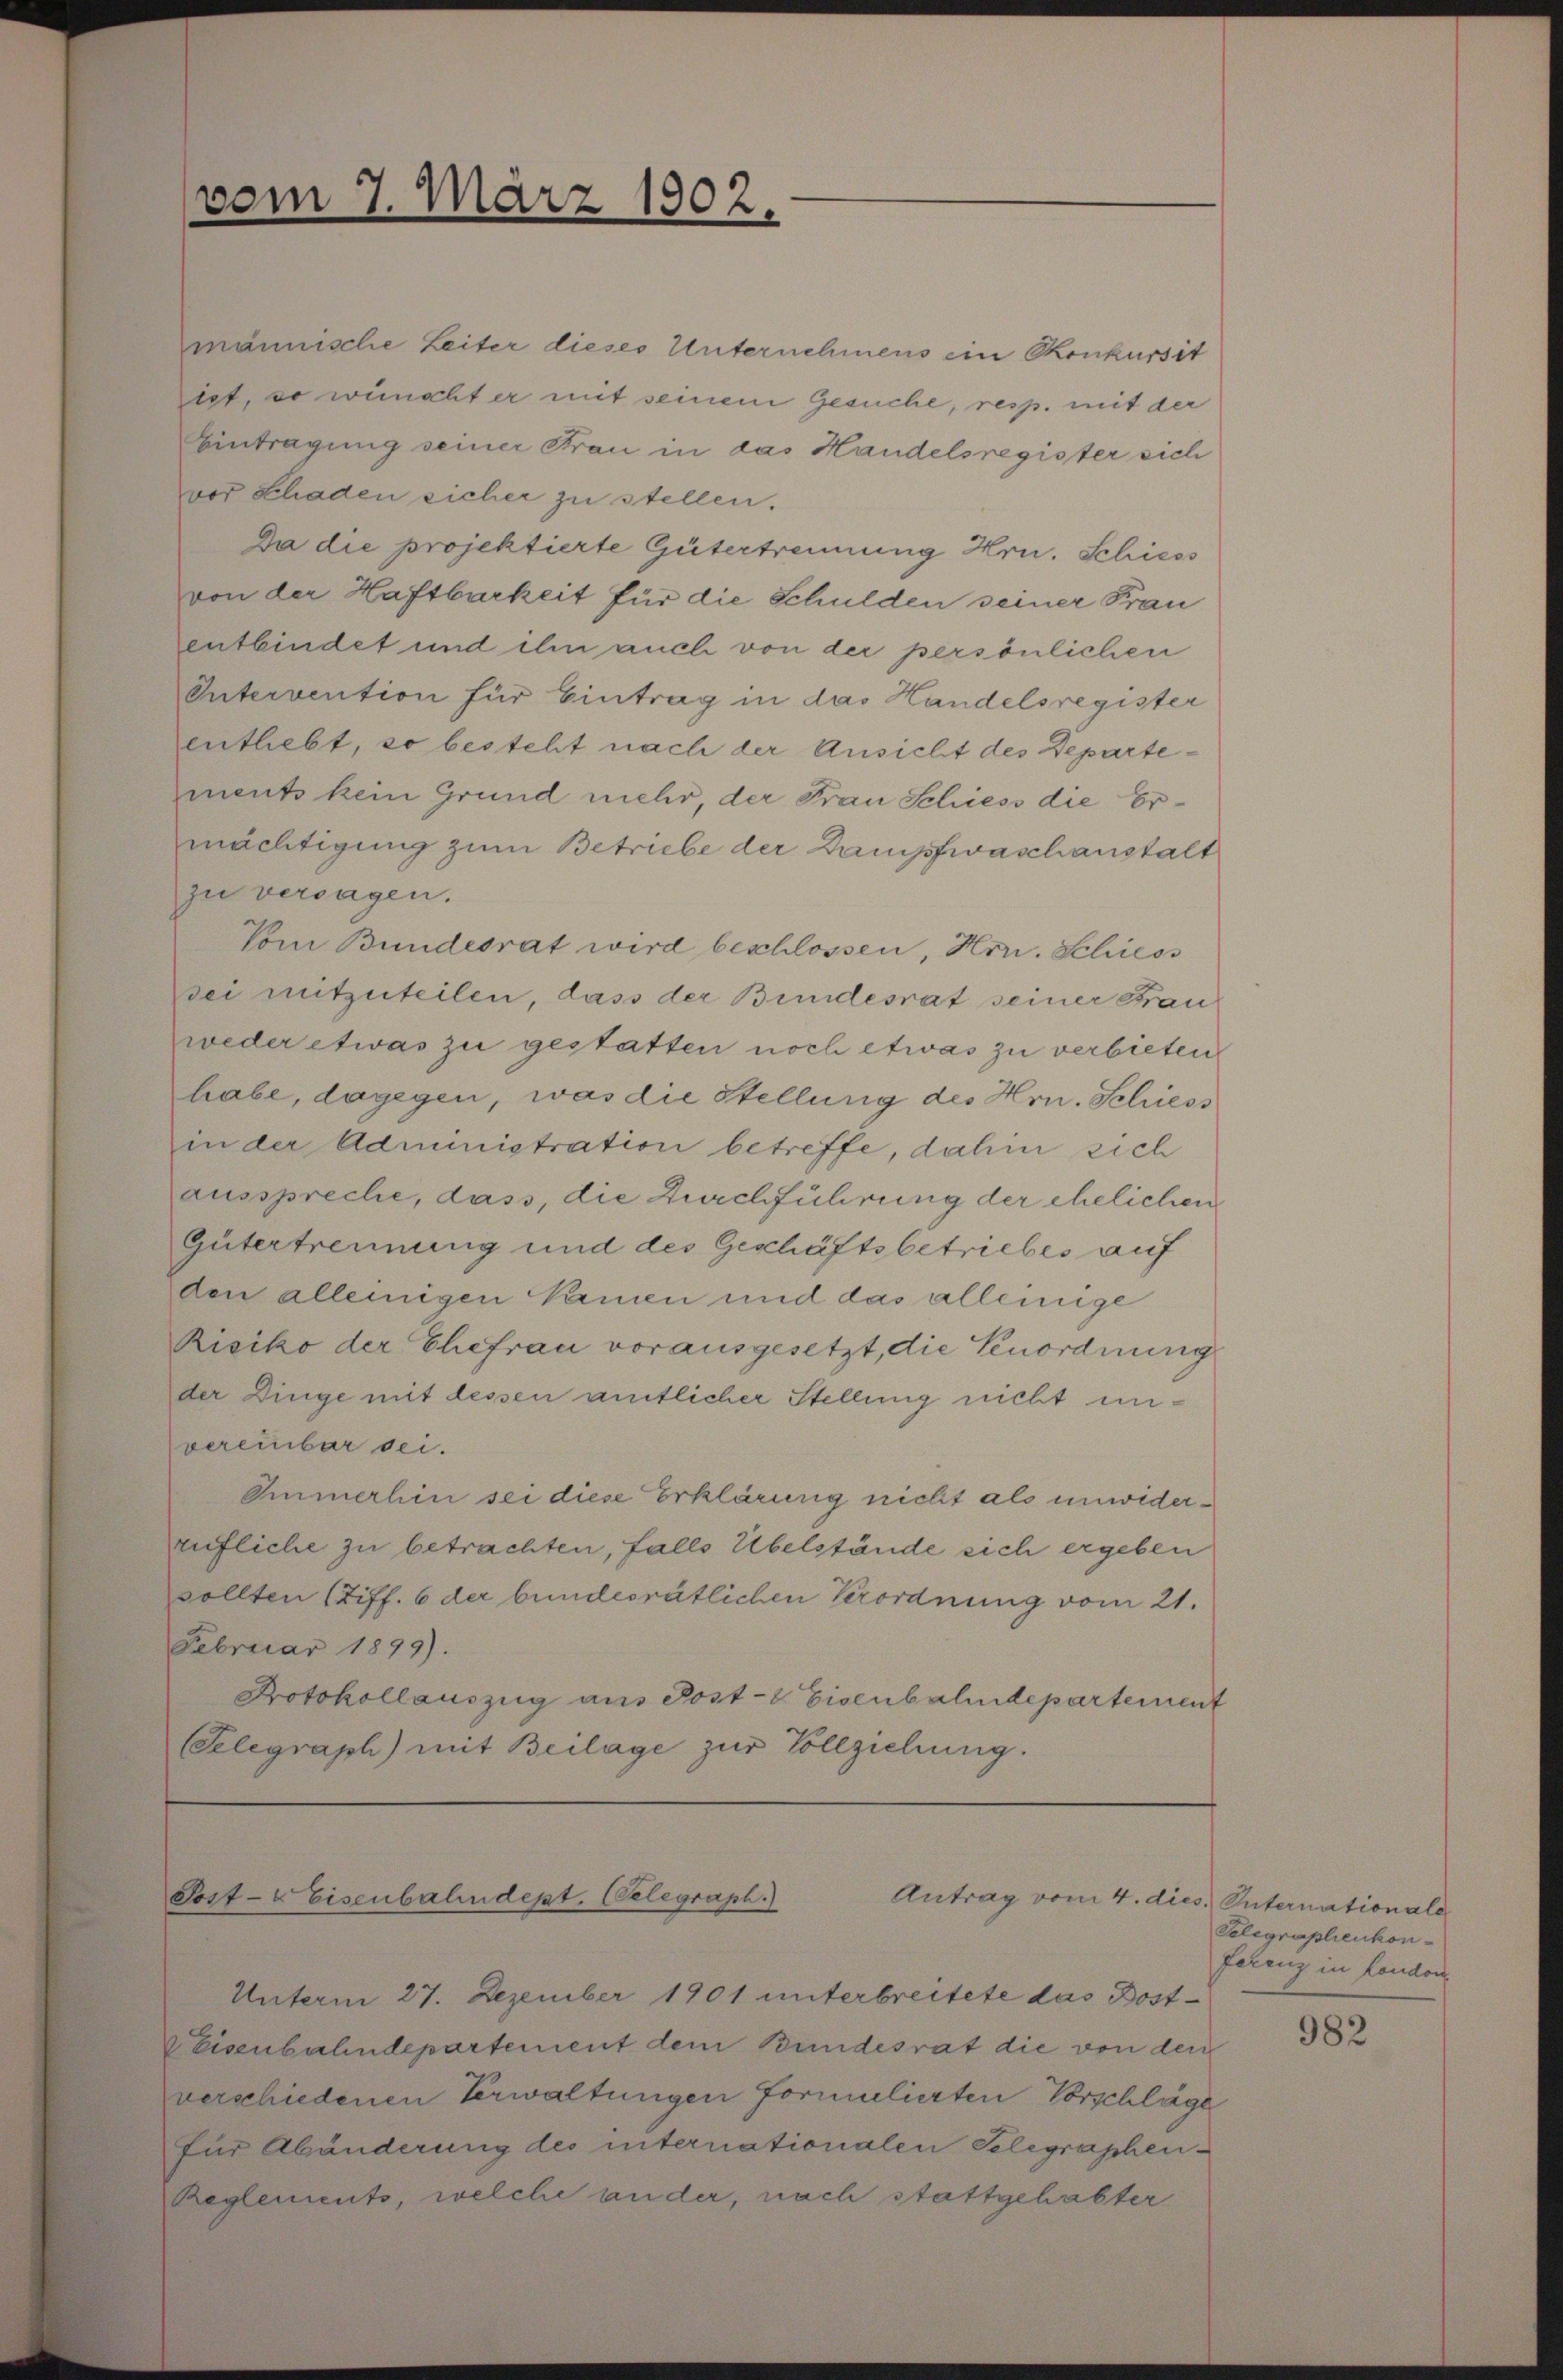
männische Leiter dieses Unternehmens ein Konkursit
let, so wünscht er mit seinem Gesuche, resp. mit der
Eintragung seiner Frau in das Handelsregister sich
vor Schaden sicher zu stellen.
Da die projektierte Gütertrennung Hrn. Schiess
von der Haftbarkeit für die Schulden seiner Frau
entbindet und ihn auch von der persönlichen
Intervention für Eintrag in das Handelsregister
entliebt, so besteht nach der Ansicht des Departements kein Grund mehr, der Frau Schiess die Ermächtigung zum Betriebe der Dampfwaschanstalt
zu versagen.
Vom Bundesrat wird beschlossen, Hrn. Schiess
sei mitzuteilen, dass der Bundesrat seiner Frau
weder etwas zu gestatten noch etwas zu verbieten
habe, dagegen, was die Stellung des Hrn. Schiess
in der Administration betreffe, dahin sich
ausspreche, dass, die Durchführung der ehelichen
Gütertrennung und des Geschäftsbetriebes auf
den alleinigen Namen und das alleinige
Risiko der Ehefrau vorausgesetzt, die Senordnung
der Dinge mit dessen amtlicher Stellung nicht unvereinbar sei.
Ommerhin sei diese Erklärung nicht als unwiderrufliche zu betrachten, falls Übelstände sich ergeben
sollten (Ziff. 6 der bundesrätlichen Verordnung vom 21.
Februar 1899).
Protokollauszug aus Post- & Eisenbahndepartement
Telegraph) mit Beilage zur Vollziehung.

vom 7. März 1902.

Post- & Eisenbahndept. Celegraph.)
Antrag vom 4. dies

Unterm 27. Dezember 1901 unterbreitete das Post¬
EEisenbahndepartement dem Bundesrat die von den
verschiedenen Verwaltungen formulierten Vorschläge
für Abänderung des internationalen Telegraphen-
Reglements, welche ander, nach stattgehabter

. Internationale
Telegraphenkonferenz in London

982